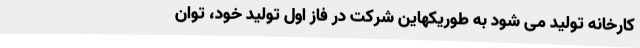
کارخانه تولید می شود به طوریکهاین شرکت در فاز اول تولید خود، توان